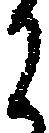
に